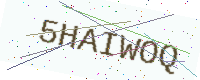
Text: 5HAIWOQ